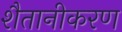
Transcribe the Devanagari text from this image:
शैतानीकरण